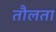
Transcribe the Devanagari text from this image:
तौलता